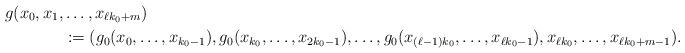
LaTeX: \begin{align*} g(x_0, x_1, &\ldots , x_{\ell k_0 + m}) \\ &:= (g_0(x_0, \ldots, x_{k_0-1}), g_0(x_{k_0}, \ldots, x_{2k_0 - 1}), \ldots, g_0(x_{(\ell-1)k_0}, \ldots, x_{\ell k_0 - 1}), x_{\ell k_0}, \ldots, x_{\ell k_0 + m-1}).\end{align*}